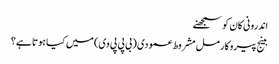
اندرونی کان کو سمجھنے
بینج پیروکارمل مشروط عمودی (بی پی پی وی) میں کیا ہوتا ہے؟